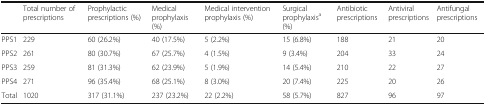
|  | Total number of prescriptions | Prophylactic prescriptions (%) | Medical prophylaxis (%) | Medical intervention prophylaxis (%) | Surgical prophylaxisa (%) | Antibiotic prescriptions | Antiviral prescriptions | Antifungal prescriptions |
 | --- | --- | --- | --- | --- | --- | --- | --- | --- |
 | PPS1 | 229 | 60 (26.2%) | 40 (17.5%) | 5 (2.2%) | 15 (6.8%) | 188 | 21 | 20 |
 | PPS2 | 261 | 80 (30.7%) | 67 (25.7%) | 4 (1.5%) | 9 (3.4%) | 204 | 33 | 24 |
 | PPS3 | 259 | 81 (31.3%) | 62 (23.9%) | 5 (1.9%) | 14 (5.4%) | 210 | 22 | 27 |
 | PPS4 | 271 | 96 (35.4%) | 68 (25.1%) | 8 (3.0%) | 20 (7.4%) | 225 | 20 | 26 |
 | Total | 1020 | 317 (31.1%) | 237 (23.2%) | 22 (2.2%) | 58 (5.7%) | 827 | 96 | 97 |